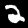
Digit: 2